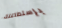
بإستطاعتك